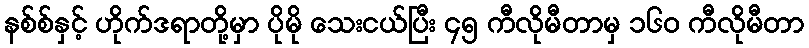
နစ်စ်နှင့် ဟိုက်ဒရာတို့မှာ ပိုမို သေးငယ်ပြီး ၄၅ ကီလိုမီတာမှ ၁၆၀ ကီလိုမီတာ